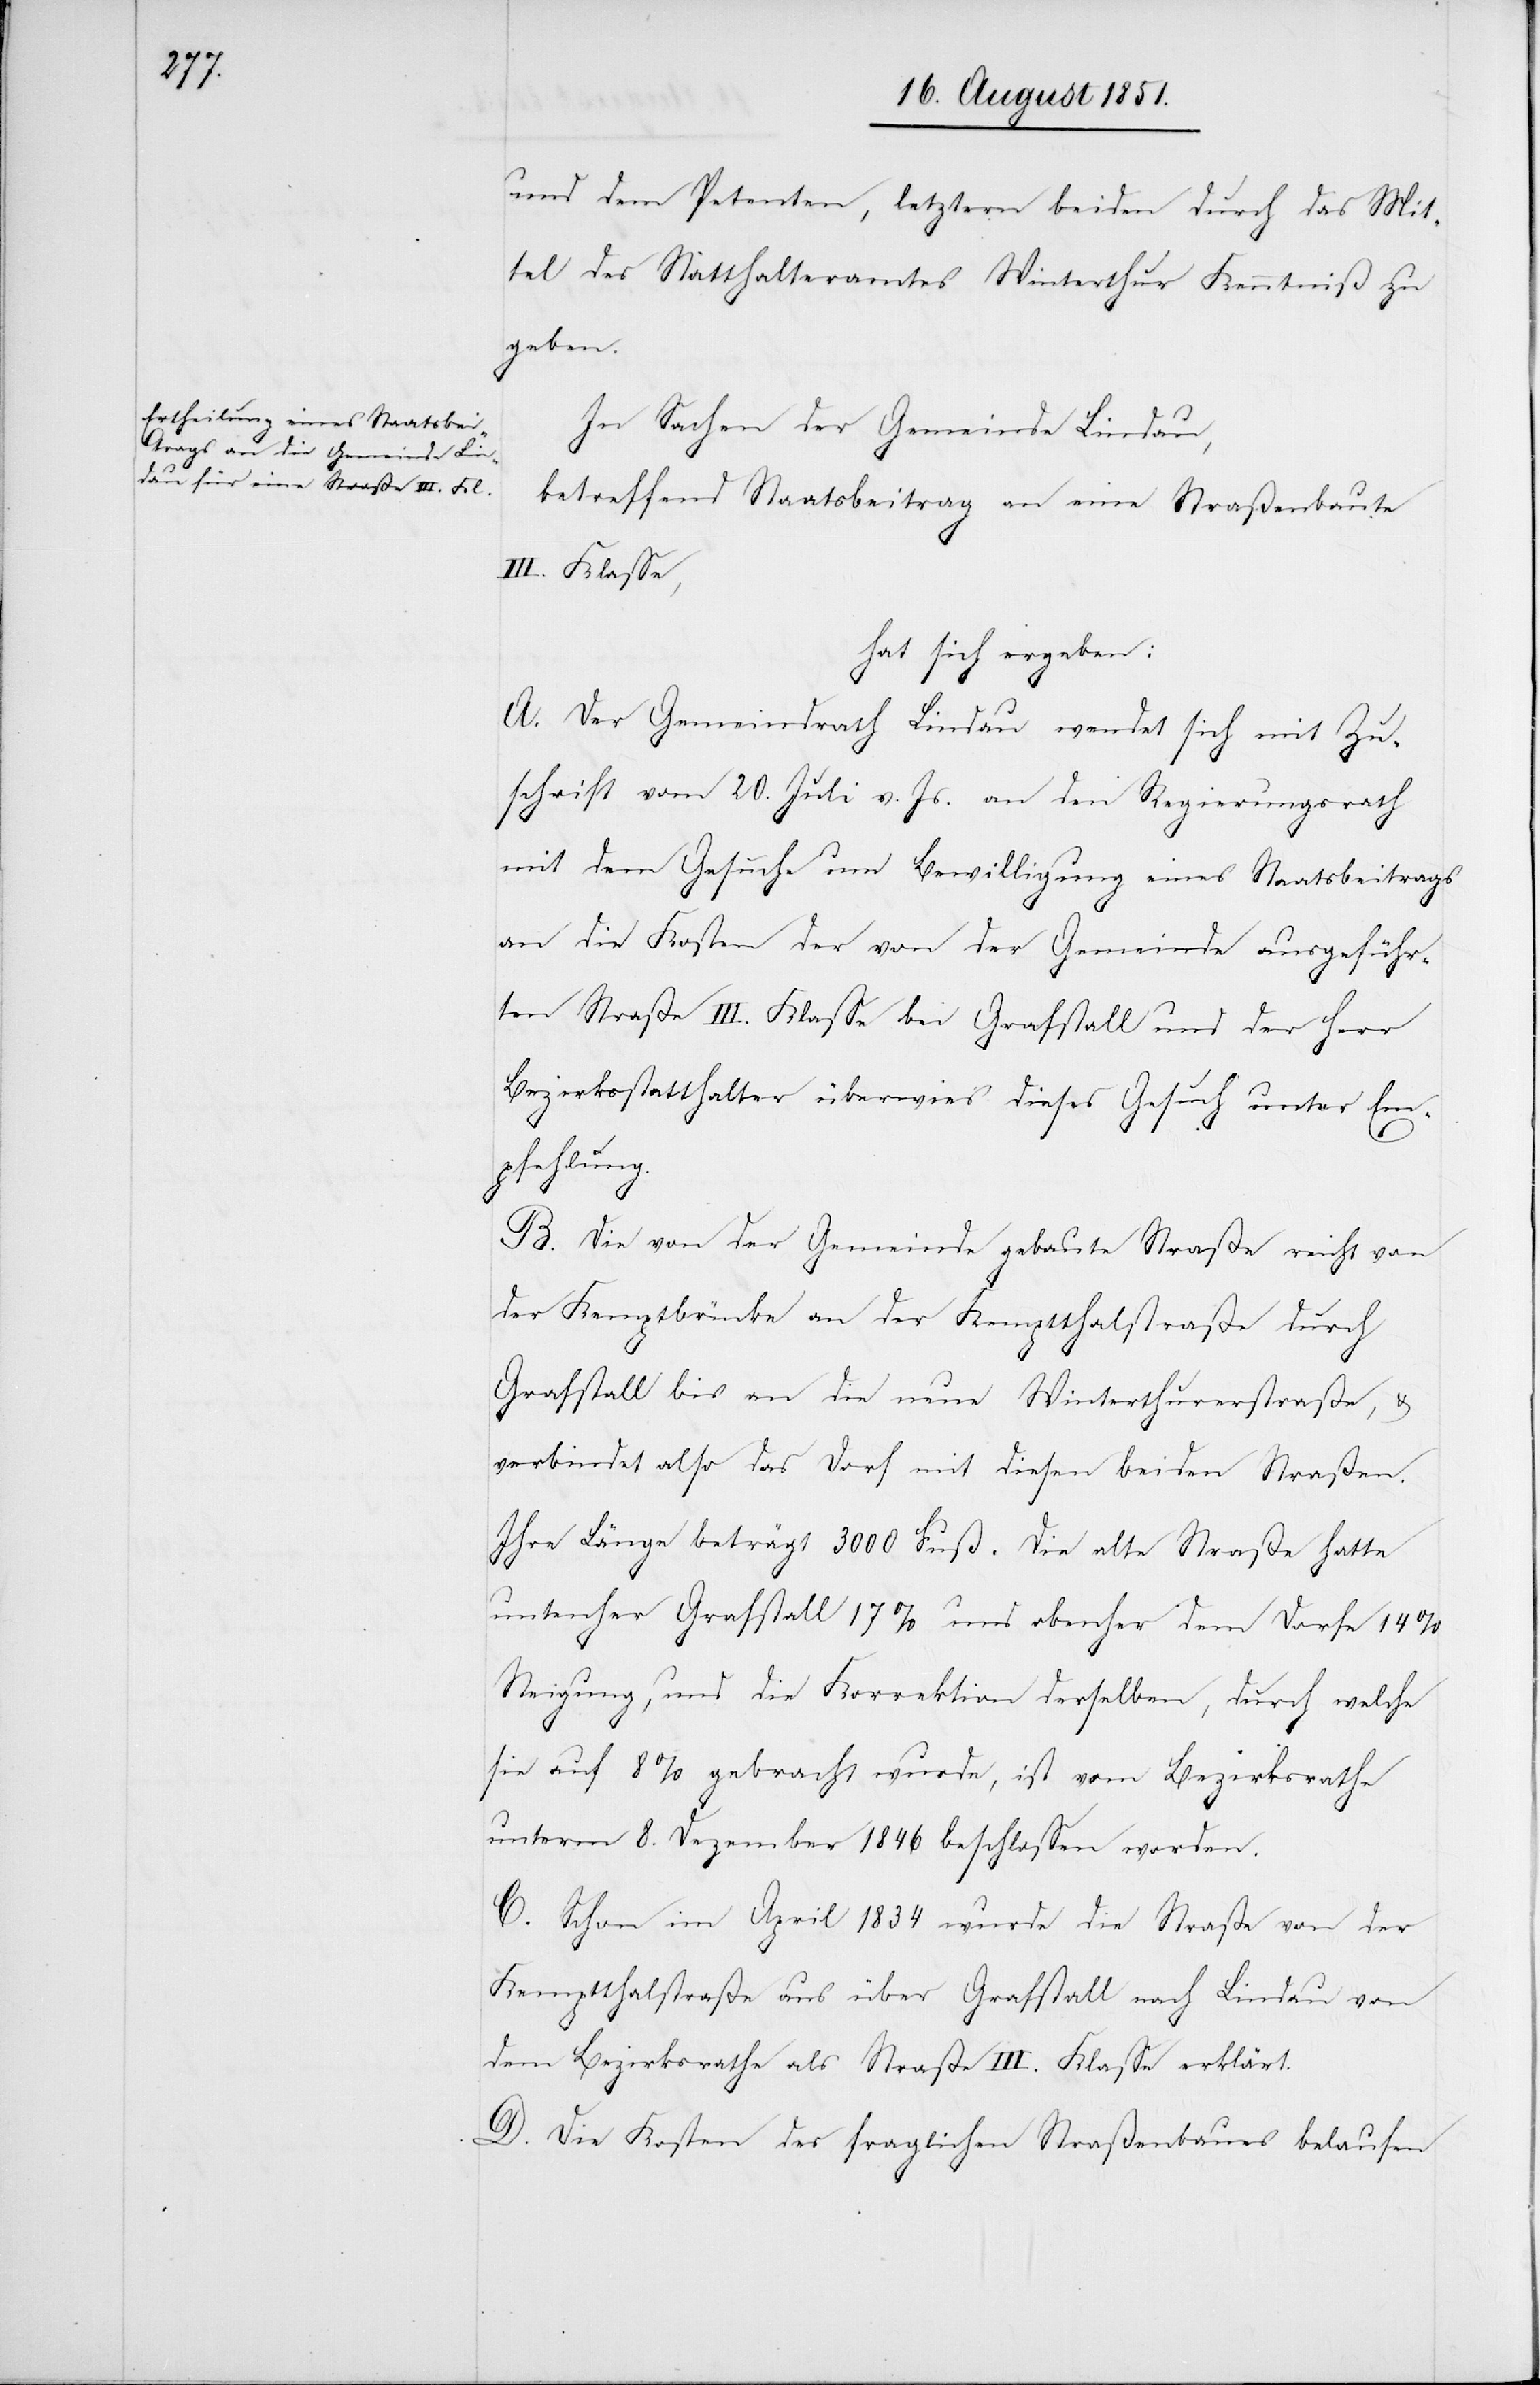
und dem Petenten, letztern beiden durch das Mit¬
tel des Statthalteramtes Winterthur Kenntniß zu
geben.
In Sachen der Gemeinde Lindau,
betreffend Staatsbeitrag an eine Straßenbaute
III. Klasse,
hat sich ergeben:
A. Der Gemeindrath Lindau wendet sich mit Zu¬
schrift vom 20. Juli v. Js. an den Regierungsrath
mit dem Gesuche um Bewilligung eines Staatsbeitrags
an die Kosten der von der Gemeinde ausgeführ¬
ten Straße III. Klasse bei Grafstall und der Herr
Bezirksstatthalter überwies dieses Gesuch unter Em¬
pfehlung.
B. Die von der Gemeinde gebaute Straße reicht von
der Kemptbrücke an der Kemptthalstraße durch
Grafstall bis an die neue Winterthurerstraße, &
verbindet also das Dorf mit diesen beiden Straßen.
Ihre Länge beträgt 3000 Fuß. Die alte Straße hatte
untenher Grafstatt 17 % und obenher dem Dorfe 14
Steigung, und die Korrektion derselben, durch welche
sie auf 8 % gebracht wurde, ist vom Bezirksrathe
unterm 8. Dezember 1846 beschlossen worden.
C. Schon im April 1834 wurde die Straße von der
Kemptthalstraße aus über Grafstall nach Lindau von
dem Bezirksrathe als Straße III. Klasse erklärt.
D. Die Kosten des fraglichen Straßenbaues belaufen